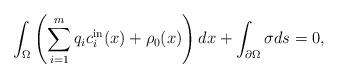
LaTeX: \begin{align*}\int_{\Omega} \left(\sum_{i=1}^m q_i c_i^{\rm in}(x) +\rho_0(x)\right)dx+\int_{\partial \Omega}\sigma ds=0, \end{align*}